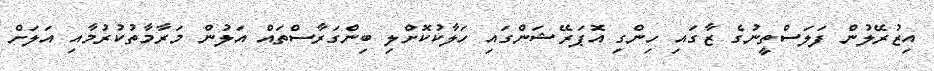
އިޒުރޭލުން ފަލަސްތީނުގެ ޒާގައި ހިންގި އޮޕަރޭޝަންގައި ހަލާކުކޮށްލި ބިންގަރާސްތައް އަލުން މަރާމާތުކުރުމާއި އަލަށް